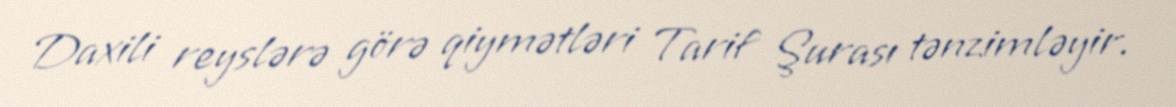
Daxili reyslərə görə qiymətləri Tarif Şurası tənzimləyir.